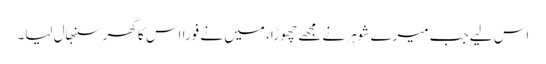
اس لیے جب میرے شوہر نے مجھے چھوڑا، میں نے فورا اس کا گھر سنبھال لیا۔